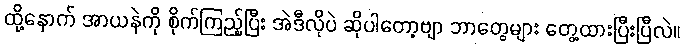
ထို့နောက် အာယနဲကို စိုက်ကြည့်ပြီး အဲဒီလိုပဲ ဆိုပါတော့ဗျာ ဘာတွေများ တွေ့ထားပြီးပြီလဲ။